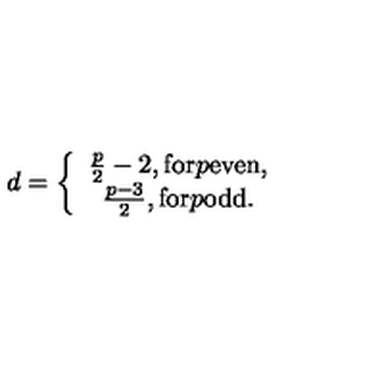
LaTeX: d = \left\{ \begin{array} { c } { \frac p 2 - 2 , \mathrm { f o r } p \mathrm { e v e n } , } \\ { \frac { p - 3 } 2 , \mathrm { f o r } p \mathrm { o d d } . } \\ \end{array} \right.